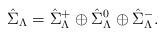
LaTeX: \begin{align*}\hat{\Sigma}_{{\Lambda}} = \hat{\Sigma}^+_{{\Lambda}} \oplus \hat{\Sigma}^0_{{\Lambda}} \oplus \hat{\Sigma}^-_{{\Lambda}}.\end{align*}